Distribution and causation of leprosy in British India
Year: 1875
Disease focus: Leprosy
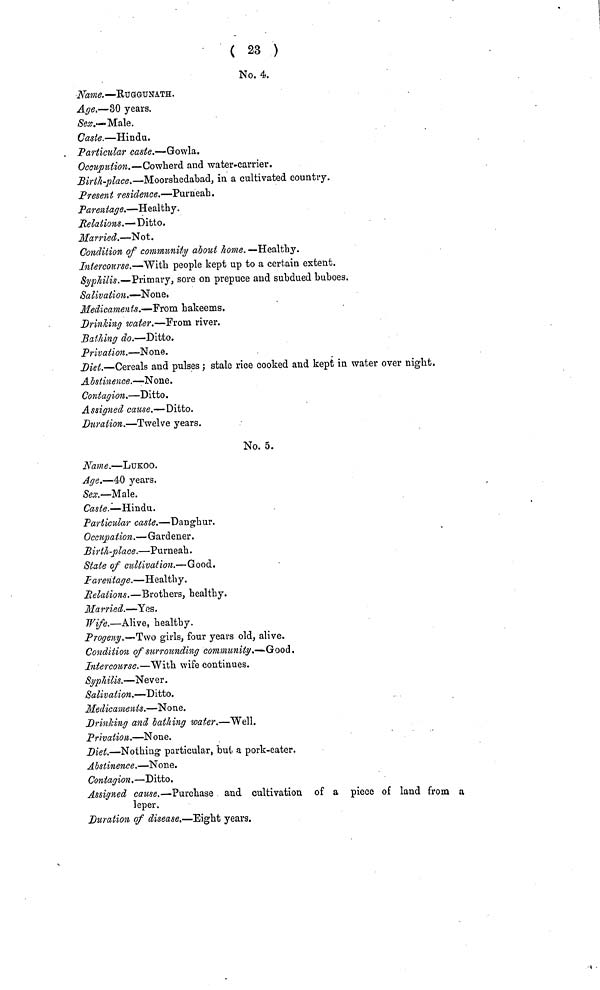
( 23 )
No. 4.
Name. —KUGGUNATH,
Age.—30 years.
Sex.—Male.
Caste —Hindu.
Particular caste.—Gowla.
Occupaion.—Cowherd and water-carrier.
Birth-place.—Moorshedabad, in. a cultivated country.
Present residence.—Purneah.
Parentage.—Healthy.
Relations.—Ditto.
Married.—Not.
Condition of community about home. —Healthy.
Intercourse.—With people kept up to a certain extent.
Syphilis.—Primary, sore on prepuce and subdued buboes.
Salivation.—None.
Medicaments.—From hakeems.
Drinking water.—From river.
Sathing do.—Ditto.
Privation.—None.
Diet.—Cereals and pulses ; stale rice cooked and kept in water over night.
Abstinence.—None.
Contagion.—Ditto.
Assigned cause.—Ditto.
Duration.—Twelve years.
No. 5.
Name.—LUKOO.
Age.—40 years.
Sex.—Male.
Caste.—Hindu.
Particular caste.—Danghur.
Occupation.—Gardener.
Birth-place.—Purneah.
State of cultivation.—Good.
Parentage.—Healthy.
Relations.—Brothers, healthy.
Married.—Yes.
Wife.—Alive, healthy.
Progeny.—Two girls, four years old, alive.
Condition of surrounding community.—Good.
Intercourse.—With wife continues.
Syphilis.—Never.
Salivation.—Ditto.
Medicaments.—None.
Drinking and bathing water.—Well.
Privation.—None.
Diet.—Nothing particular, but a pork-eater.
Abstinence.—None.
Contagion.—Ditto.
Assigned cause.—Purchase and cultivation of a piece of land from a
leper.
Duration of disease.—Eight years.